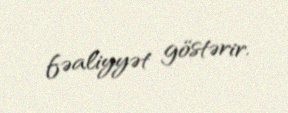
fəaliyyət göstərir.